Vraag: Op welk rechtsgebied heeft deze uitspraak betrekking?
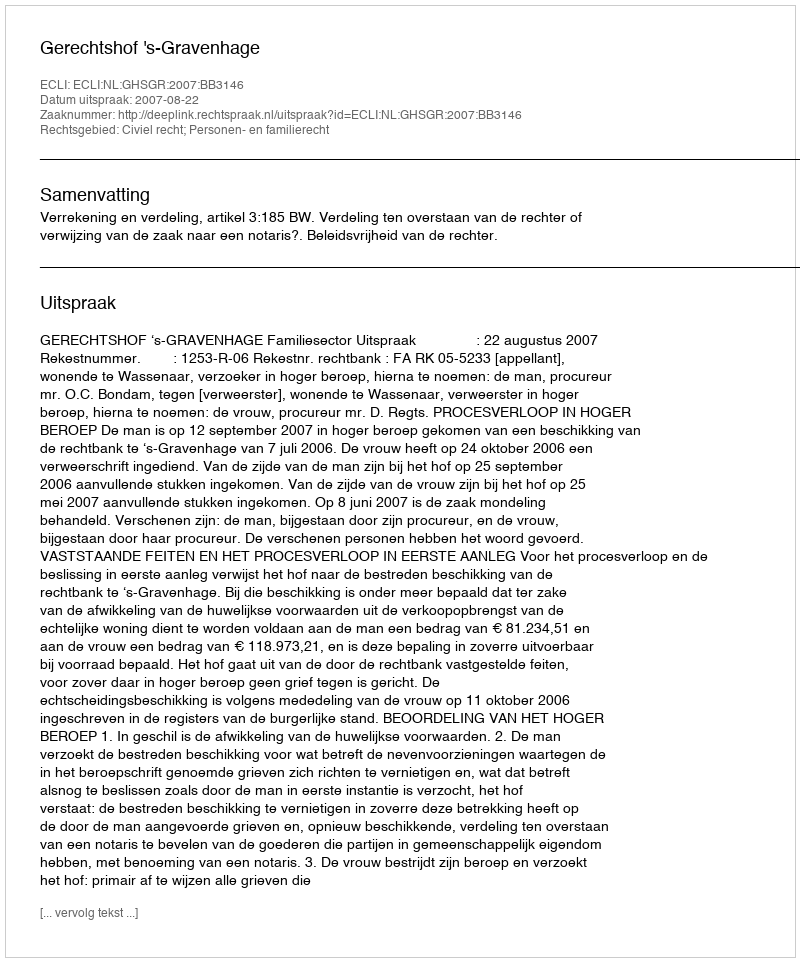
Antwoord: Civiel recht; Personen- en familierecht